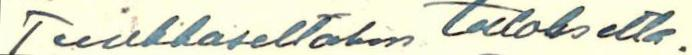
Tuukkaseltakin tuloksetta.